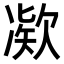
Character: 𫥗